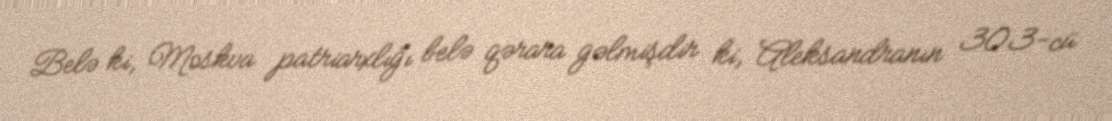
Belə ki, Moskva patriarxlığı belə qərara gəlmişdir ki, Aleksandranın 303-cü